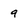
Character: 9